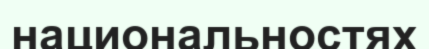
национальностях